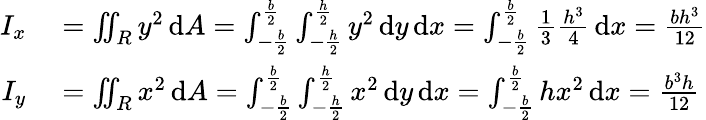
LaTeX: \begin{array}{rl}{I_{x}}&{{}=\iint_{R}y^{2}\, \mathrm{d}A=\int_{-{\frac{b}{2}}}^{\frac{b}{2}}\int_{-{\frac{h}{2}}}^{\frac{h}{2}}y^{2}\, \mathrm{d}y\, \mathrm{d}x=\int_{-{\frac{b}{2}}}^{\frac{b}{2}}{\frac{1}{3}}{\frac{h^{3}}{4}}\, \mathrm{d}x={\frac{bh^{3}}{12}}}\\ {I_{y}}&{{}=\iint_{R}x^{2}\, \mathrm{d}A=\int_{-{\frac{b}{2}}}^{\frac{b}{2}}\int_{-{\frac{h}{2}}}^{\frac{h}{2}}x^{2}\, \mathrm{d}y\, \mathrm{d}x=\int_{-{\frac{b}{2}}}^{\frac{b}{2}}hx^{2}\, \mathrm{d}x={\frac{b^{3}h}{12}}}\end{array}